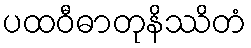
ပထဝီဓာတုနိဿိတံ